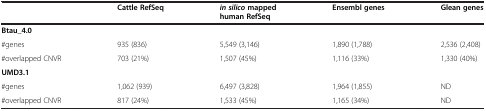
<table><thead><tr><td><b> </b></td><td><b>Cattle RefSeq</b></td><td><b><i>in silico </i>mapped human RefSeq</b></td><td><b>Ensembl genes</b></td><td><b>Glean genes</b></td></tr></thead><tbody><tr><td><b>Btau_4.0</b></td><td> </td><td> </td><td> </td><td> </td></tr><tr><td>#genes</td><td>935 (836)</td><td>5,549 (3,146)</td><td>1,890 (1,788)</td><td>2,536 (2,408)</td></tr><tr><td>#overlapped CNVR</td><td>703 (21%)</td><td>1,507 (45%)</td><td>1,116 (33%)</td><td>1,330 (40%)</td></tr><tr><td><b>UMD3.1</b></td><td> </td><td> </td><td> </td><td> </td></tr><tr><td>#genes</td><td>1,062 (939)</td><td>6,497 (3,828)</td><td>1,964 (1,855)</td><td>ND</td></tr><tr><td>#overlapped CNVR</td><td>817 (24%)</td><td>1,533 (45%)</td><td>1,165 (34%)</td><td>ND</td></tr></tbody></table>